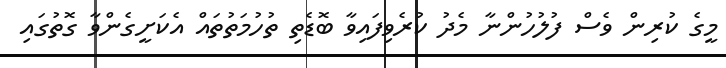
މީގެ ކުރިން ވެސް ފުލުހުންނާ މެދު ކުރެވިފައިވާ ބޮޑެތި ތުހުމަތުތައް އެކަށީގެންވާ ގޮތުގައި